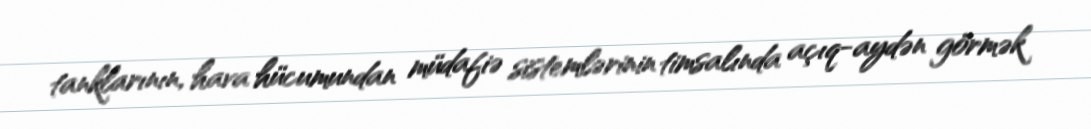
tanklarının, hava hücumundan müdafiə sistemlərinin timsalında açıq-aydən görmək